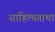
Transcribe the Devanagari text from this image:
साहित्यगाथा